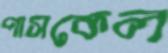
পাসকেল